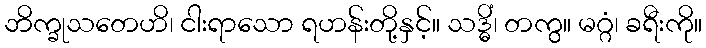
ဘိက္ခုသတေဟိ၊ ငါးရာသော ရဟန်းတို့နှင့်။ သဒ္ဓိံ၊ တကွ။ မဂ္ဂံ၊ ခရီးကို။